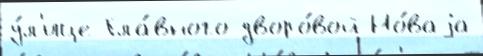
у́л'ице Гла́вного дворо́вой Но́ваjа